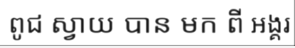
ពូជ ស្វាយ បាន មក ពី អង្គរ